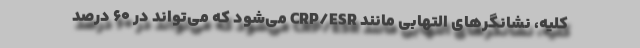
کلیه، نشانگرهای التهابی مانند CRP/ESR می‌شود که می‌تواند در ۶۰ درصد